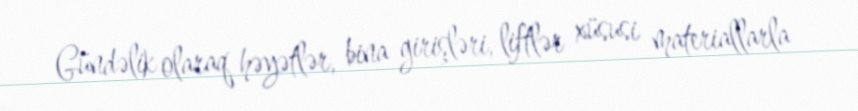
Gündəlik olaraq həyətlər, bina girişləri, liftlər xüsusi materiallarla